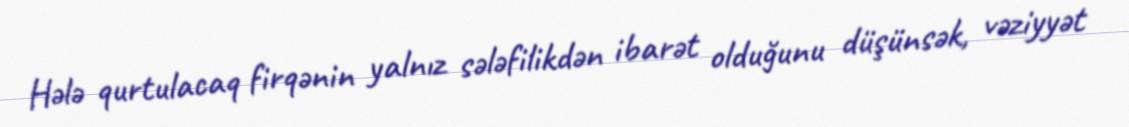
Hələ qurtulacaq firqənin yalnız sələfilikdən ibarət olduğunu düşünsək, vəziyyət